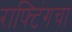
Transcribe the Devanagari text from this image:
राफ्टिंगचा